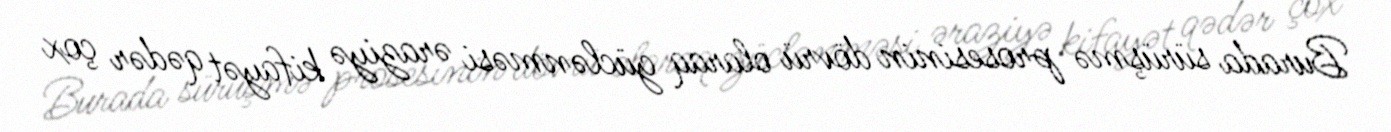
Burada sürüşmə prosesinin dövrü olaraq güclənməsi əraziyə kifayət qədər çox